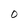
Character: O